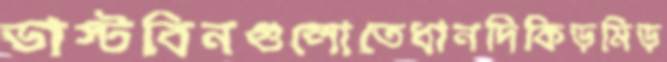
ডাস্টবিনগুলোতেধানদিকিড়মিড়